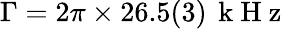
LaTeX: \Gamma=2\pi\times 26.5(3)\, \mathrm{~k~H~z~}